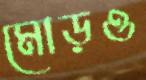
মোড়ও